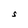
Character: S